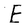
Character: E